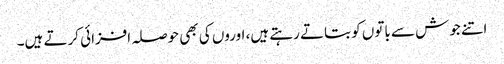
اتنے جوش سے باتوں کو بتاتے رہتے ہیں، اوروں کی بھی حوصلہ افزائی کرتے ہیں۔